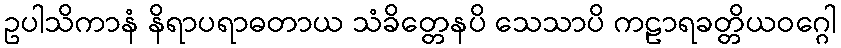
ဥပါသိကာနံ နိရာပရာဓတာယ သံခိတ္တေနပိ သေသာပိ ကဠာရခတ္တိယဝဂ္ဂေါ